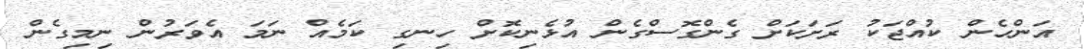
އަންހެން ކުއްޖަކު ރަށަކަށް ގެންގޮސްގެން އުޅެނިކޮށް ހިނގި ކަމެއް ނަމަ އެވަރުން ނިމިގެން